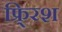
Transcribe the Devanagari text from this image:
फ्र्रिश